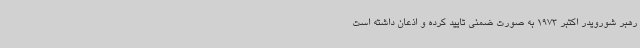
رهبر شورویدر اکتبر 1973 به صورت ضمنی تایید کرده و اذعان داشته است